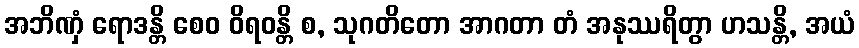
အဘိဏှံ ရောဒန္တိ စေဝ ဝိရဝန္တိ စ, သုဂတိတော အာဂတာ တံ အနုဿရိတွာ ဟသန္တိ, အယံ